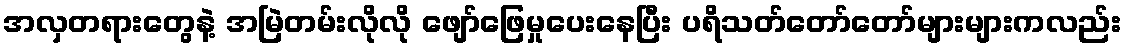
အလှတရားတွေနဲ့ အမြဲတမ်းလိုလို ဖျော်ဖြေမှုပေးနေပြီး ပရိသတ်တော်တော်များများကလည်း